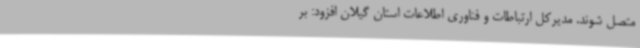
متصل شوند. مدیرکل ارتباطات و فناوری اطلاعات استان گیلان افزود: بر